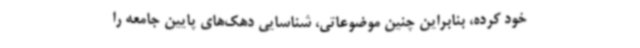
خود کرده‌، بنابراین چنین موضوعاتی، شناسایی دهک‌های پایین جامعه را